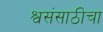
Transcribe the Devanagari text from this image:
श्वसंसाठीचा